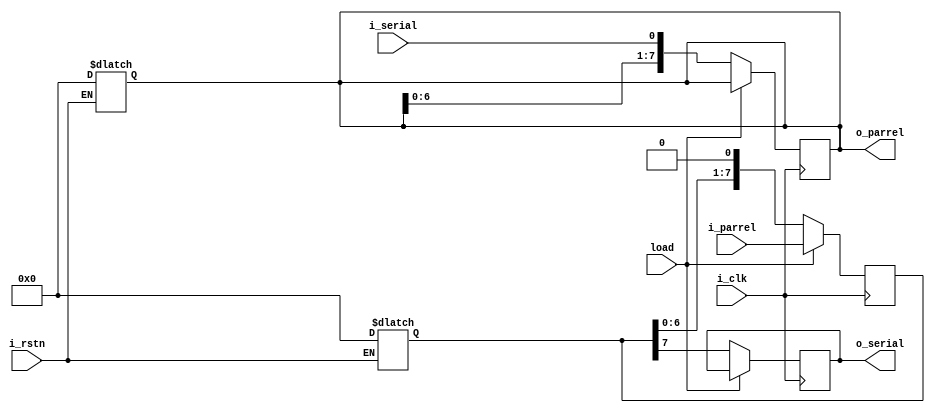
module shift_register
#(
	parameter	BIT		= 8
)
(
	output reg	[BIT-1:0]	o_parrel,
	output reg				o_serial,
	input					i_serial,
	input		[BIT-1:0]	i_parrel,
	input					load,
	input					i_clk,
	input					i_rstn
);
	reg			[BIT-1:0]	m_data;

	always @(*) begin
		if(!i_rstn) begin
			o_parrel	<=  8'h0;
			m_data		<=	8'h0;
		end
	end

	always @(posedge i_clk) begin
		if(load == 1)	begin
			m_data		<=  i_parrel;
		end
		else begin
			o_serial	<=  m_data[7];
			m_data		<=  {m_data[6:0], 1'b0};
			o_parrel	<=  {o_parrel[6:0], i_serial};
		end
	end

		
endmodule